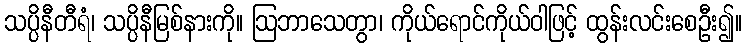
သပ္ပိနီတီရံ၊ သပ္ပိနီမြစ်နားကို။ ဩဘာသေတွာ၊ ကိုယ်ရောင်ကိုယ်ဝါဖြင့် ထွန်းလင်းစေဦး၍။